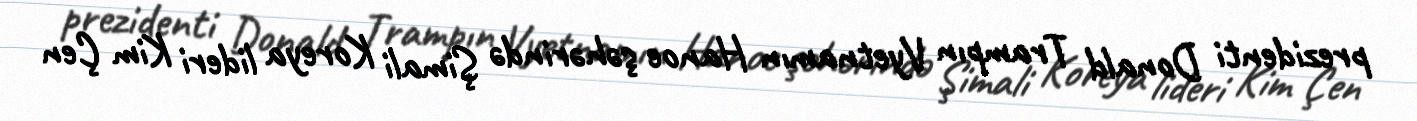
prezidenti Donald Trampın Vyetnamın Hanoe şəhərində Şimali Koreya lideri Kim Çen